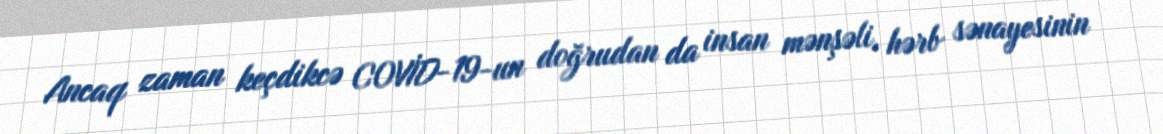
Ancaq zaman keçdikcə COVİD-19-un doğrudan da insan mənşəli, hərb sənayesinin